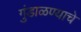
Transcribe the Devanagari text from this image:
गुंडाळण्याचे